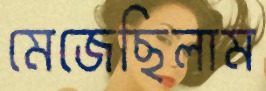
মেজেছিলাম